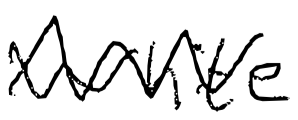
Text: White
Cross-out: zig-zag
Writing tool: digital_black